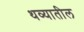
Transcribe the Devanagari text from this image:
थव्यातील